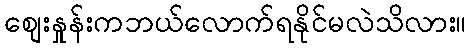
စျေးနှုန်းကဘယ်လောက်ရနိုင်မလဲသိလား။